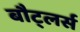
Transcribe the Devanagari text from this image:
बौट्लर्स